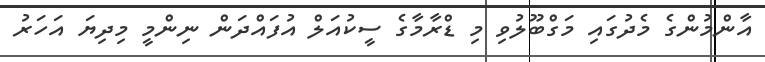
އާންމުންގެ މެދުގައި މަގްބޫލުވި މި ޑްރާމާގެ ސީކުއަލް އުފަައްދަން ނިންމީ މިދިޔަ އަހަރު